Vital statistics of India. Vol. IV, Annual returns from 1871 to 1876. British Army of India, Native Army and jails of Bengal
Year: 1871
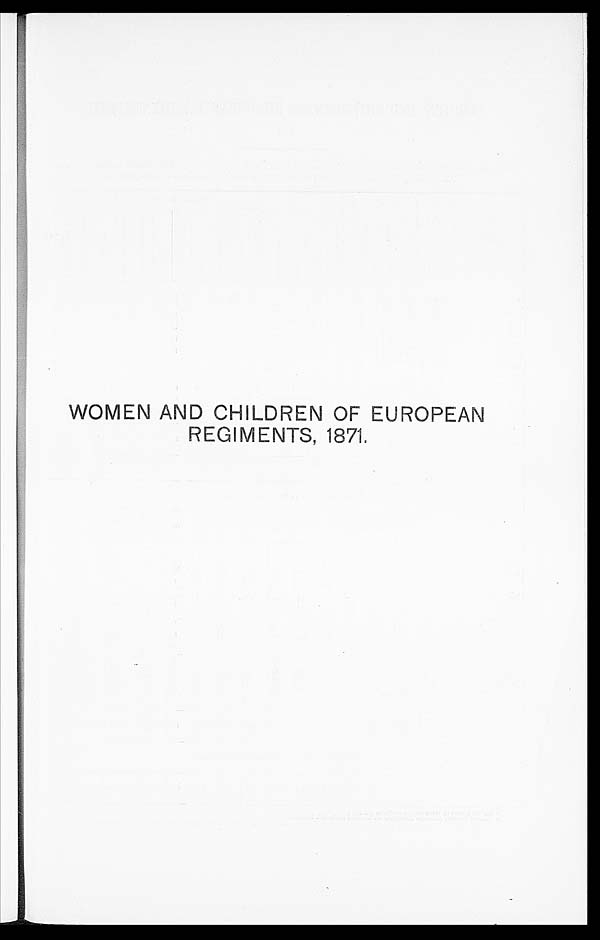
WOMEN AND CHILDREN OF EUROPEAN
REGIMENTS, 1871.